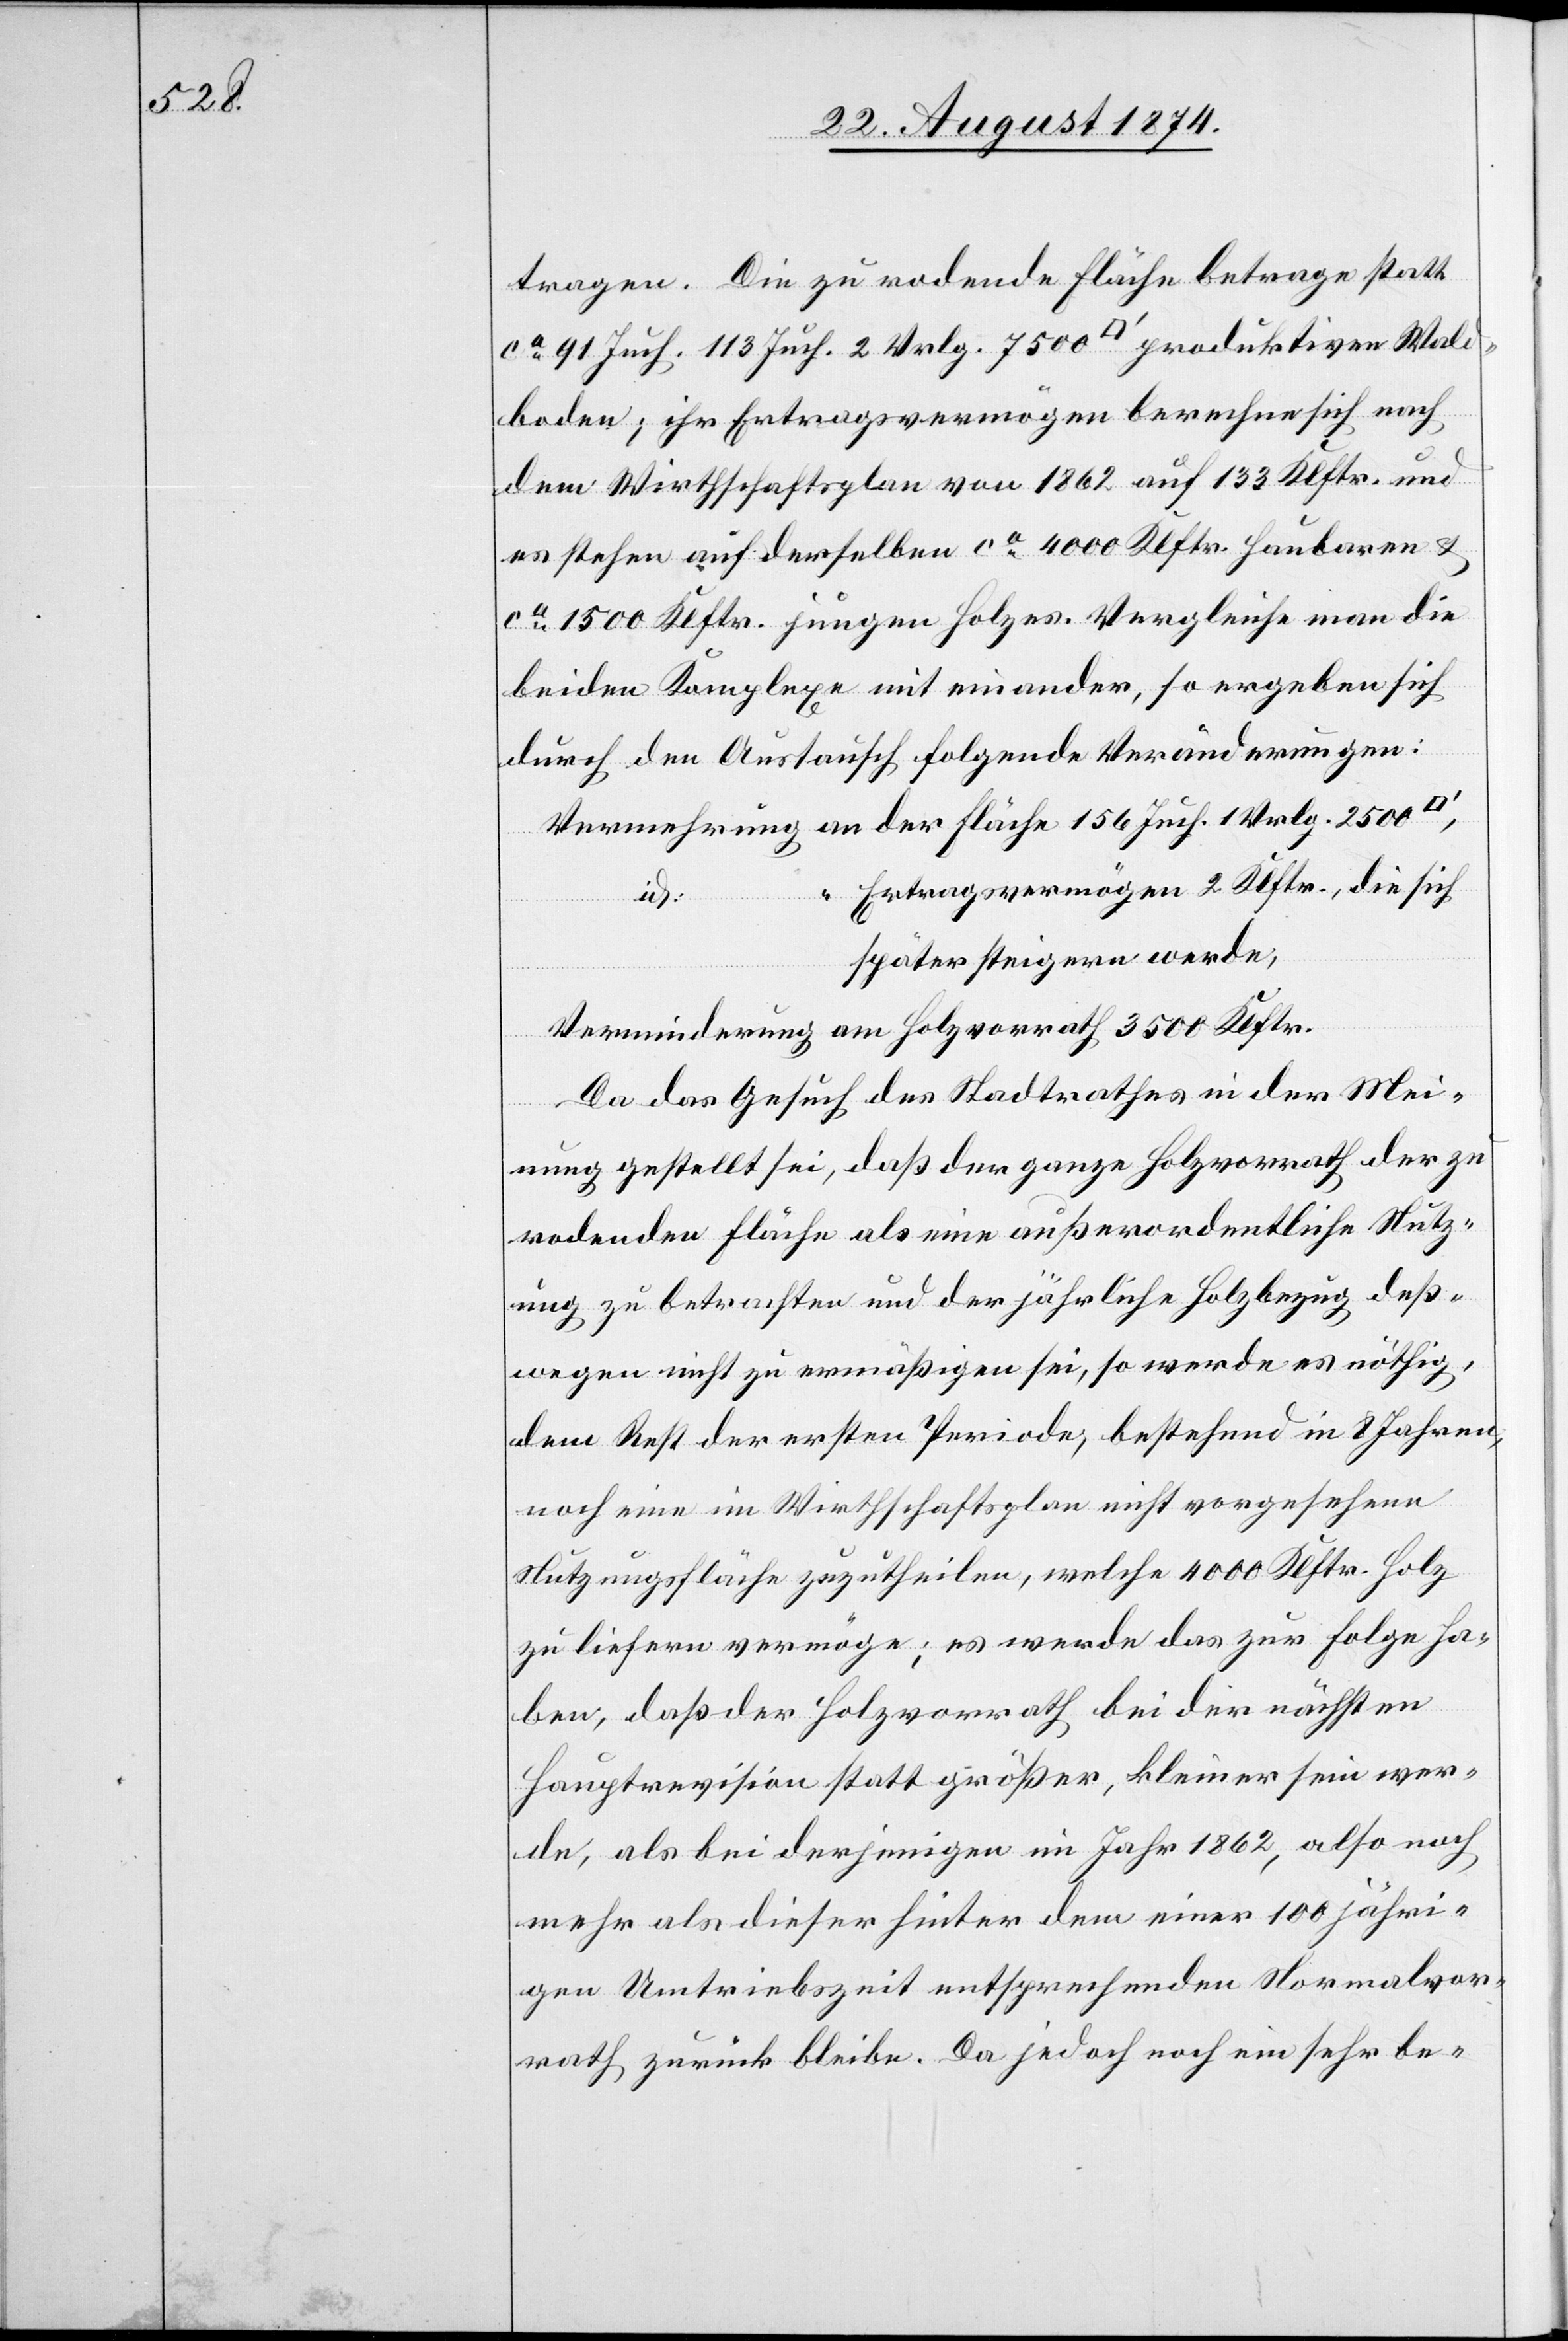
tragen. Die zu rodende Fläche betrage statt
ca 91 Juch. 113 Juch. 2 Vrlg. 7500 [Quadratfuss] produktiver Wald¬
boden; ihr Ertragsvermögen berechne sich nach
dem Wirthschaftsplan von 1862 auf 133 Klftr. und
es stehe auf derselben ca 4000 Klftr. haubaren u.
ca 1500 Klftr. jungen Holzes. Vergleiche man die
beiden Komplexe mit einander, so ergeben sich
durch den Austausch folgende Veränderungen:
Vermehrung an der Fläche 156 Juch. 1 Vrlg. 2500
Ertragsvermögen 2 Klftr., die sich
später steigern werde.
Verminderung am Holzvorrath 3500 Klftr.
Da das Gesuch des Stadtrathes in der Mei¬
nung gestellt sei, daß der ganze Holzvorrath der zu
rodenden Fläche als eine außerordentliche Nutz¬
ung zu betrachten und der jährliche Holzbezug deß¬
wegen nicht zu ermäßigen sei, so werde es nöhtig,
dem Rest der ersten Periode, bestehend in 8 Jahren,
noch eine im Wirthschaftsplan nicht vorgesehene
Nutzungsfläche zuzutheilen, welche 4000 Klftr. Holz
zu liefern vermöge; es werde das zur Folge ha¬
ben, daß der Holzvorrath bei der nächsten
Hauptrevision statt größer, kleiner sein wer¬
de, als bei derjenigen im Jahr 1862, also noch
mehr als dieser hinter dem einer 100 jähri¬
gen Umtriebszeit entsprechenden Normalvor¬
rath zurück bleibe. Da jedoch noch ein sehr be-